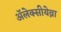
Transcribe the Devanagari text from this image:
ॲलेक्सीयेव्ना